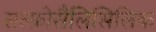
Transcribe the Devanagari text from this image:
सल्फ़ोसैलिसिलिक